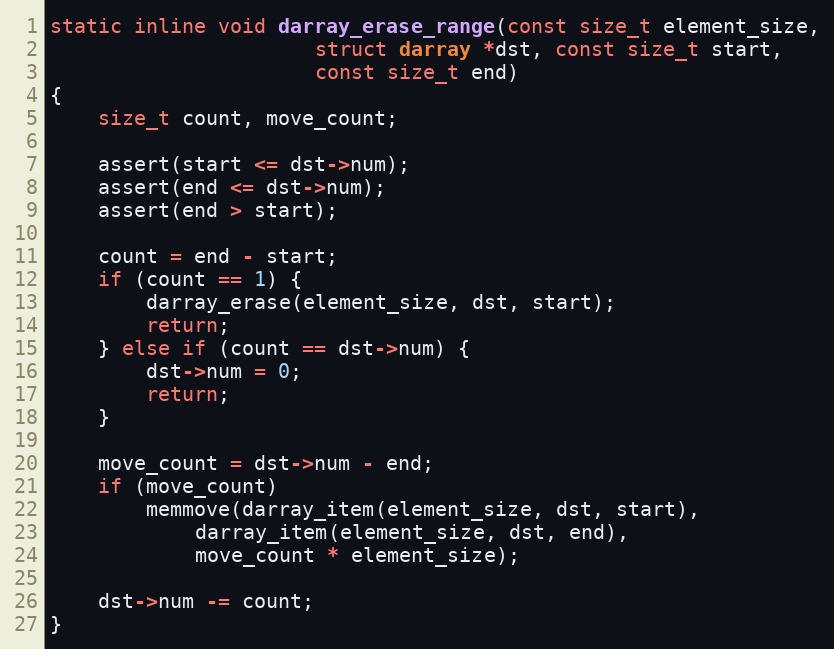
Language: C
static inline void darray_erase_range(const size_t element_size,
				      struct darray *dst, const size_t start,
				      const size_t end)
{
	size_t count, move_count;

	assert(start <= dst->num);
	assert(end <= dst->num);
	assert(end > start);

	count = end - start;
	if (count == 1) {
		darray_erase(element_size, dst, start);
		return;
	} else if (count == dst->num) {
		dst->num = 0;
		return;
	}

	move_count = dst->num - end;
	if (move_count)
		memmove(darray_item(element_size, dst, start),
			darray_item(element_size, dst, end),
			move_count * element_size);

	dst->num -= count;
}